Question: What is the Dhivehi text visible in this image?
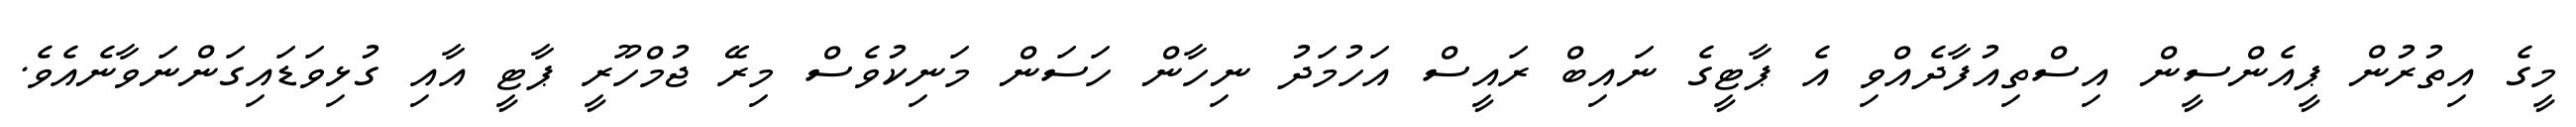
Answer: މީގެ އިތުރުން ޕީއެންސީން އިސްތިއުފާދެއްވި އެ ޕާޓީގެ ނައިބް ރައީސް އަހުމަދު ނިހާން ހަސަން މަނިކުވެސް މިރޭ ޖުމްހޫރީ ޕާޓީ އާއި ގުޅިވަޑައިގަންނަވާނެއެވެ.